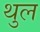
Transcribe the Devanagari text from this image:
थुल